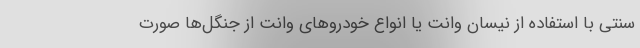
سنتی با استفاده از نیسان وانت یا انواع خودروهای وانت از جنگل‌ها صورت